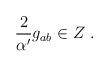
LaTeX: \begin{align*}{2 \over \alpha^\prime} g_{ab} \in Z\ .\end{align*}